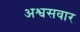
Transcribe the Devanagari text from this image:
अश्वसवार